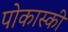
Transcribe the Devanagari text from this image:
पोकास्की